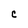
Character: C